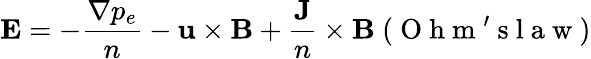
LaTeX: {\mathbf E}=-\frac{\nabla p_{e}}{n}-{\mathbf u}\times{\mathbf B}+\frac{\mathbf J}{n}\times{\mathbf B}\ (\mathrm{~O~h~m~'~s~l~a~w~})